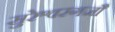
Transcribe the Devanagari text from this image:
सुरेश्वरगजौ